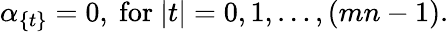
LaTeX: \alpha_{\{ t\} }=0,\ \mathrm{for}\ |t|=0,1,\ldots,(mn-1).